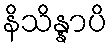
နိသိန္နာပိ